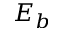
E _ { b }